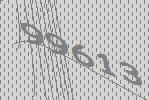
99613